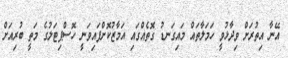
އޭނާ އިތުރަށް ވިދާޅުވީ ހަމަލާތައް މައިގަނޑު ގޮތެއްގައި އަމާޒުކޮށްފައިވަނީ ހޮސްޕިޓަލުގެ މަތީ ބުރިއަށް